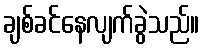
ချစ်ခင်နေလျက်ခွဲသည်။